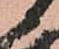
候